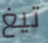
تيغ